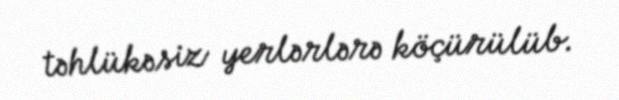
təhlükəsiz yerlərlərə köçürülüb.